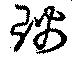
璃